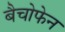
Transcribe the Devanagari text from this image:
बैचोफेन